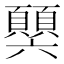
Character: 𩕧